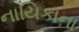
નાયિકાના